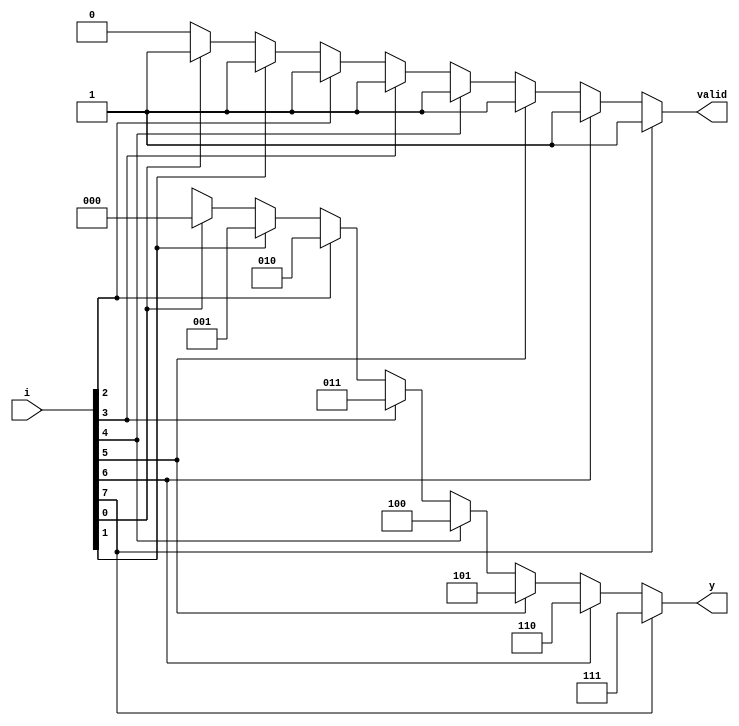
module priority_en(input [7:0]i,output reg [2:0]y,output reg valid);

	always@(i)
	begin
		valid=1'b1;
		if(i[7])
		y=3'd7;
		else if(i[6])
		y=3'd6;
		else if(i[5])
		y=3'd5;
		else if(i[4])
		y=3'd4;
		else if(i[3])
		y=3'd3;
		else if(i[2])
		y=3'd2;
		else if(i[1])
		y=3'd1;
		else if(i[0])
		y=3'd0;
	
	else
		begin
		valid=0;
		y=3'bxxx;
		end
	end


endmodule